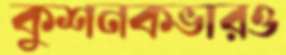
কুশনকভারও